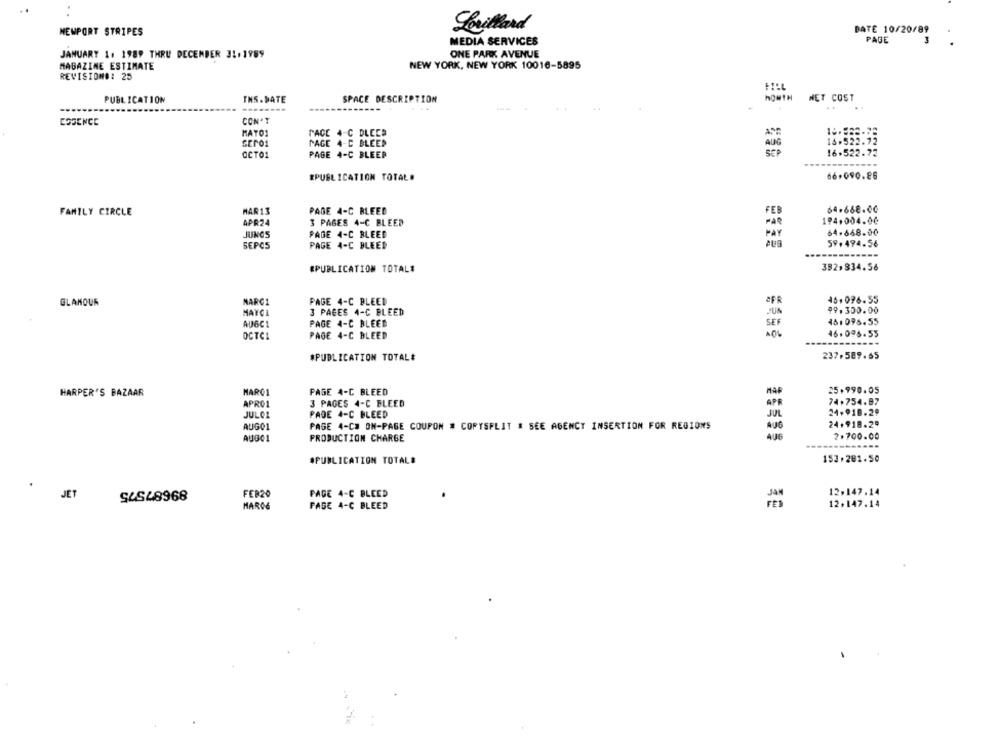
Lorillard
DATE 10/20/89
NEWPORT STRIPES
MEDIA SERVICES
PAGE
ONE PARK AVENUE
JANUARY 1. 1989 THRU DECEMBER 31.1989
MAGAZINE ESTIMATE
NEW YORK, NEW YORK 10016-5895
REVISION#: 25
HOWTH NET COST
PUBLICATION
TNS. DATE
SPACE DESCRIPTION
ESSENCE
CON'T
MATO1
PACE 4-C DLECE
PAGE 4-C BLEED
16.522.72
OCTO1
PAGE 4-C BLEER
16.522.72
EPUBLICATION TOTAL.
66,090.86
FAMILY CIRCLE
MAR13
PAGE 4-C BLEED
FEB
64.688.00
APR24
3 PAGES 4-C BLEED
194,004.00
64-668.00
JUNGS
PAGE 4-C BLEED
PAGE 4-C BLEED
59.494.56
SEPCS
382,834.56
EPUBLICATION TOTAL#
GLAMOUR
MARC1
PAGE 4-C BLEED
45.096.55
MAYCI
3 PAGES 4-C BLEED
99.300.00
AUGC1
PAGE 4-C BLEED
SE
451098.55
46.096.55
OCTCI
PAGE 4-C BLEED
-----------
237.589.65
#PUBLICATION TOTAL#
HARPER'S BAZAAR
MARC1
PAGE 4-C BLEED
25.990.05
74.754.87
APRO1
3 PAGES 4-C BLEED
JUL01
PAGE 4-C BLEED
JUL
24.918.29
24.918.29
AUGO1
PAGE 4-C# ON-PAGE COUPON # COPYSPLIT & SEE AGENCY INSERTION FOR REGIONS
AUGO
PRODUCTION CHARGE
406
2.700.00
#PUBLICATION TOTALE
153.201.50
.
JET
SLSL8968
FEB20
PAGE 4-C BLEED
12.147.14
PAGE 4-C BLEED
12.147.14